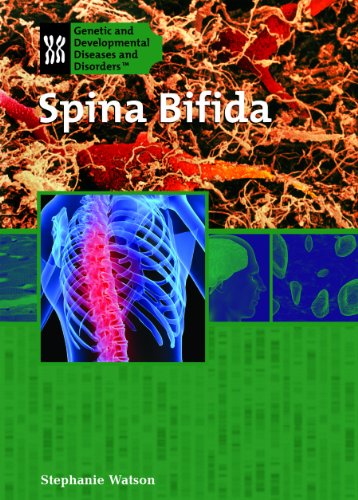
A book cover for Spina Bifida (Genetic and Developmental Diseases and Disorders); Stephanie Watson; Health, Fitness & Dieting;